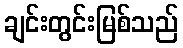
ချင်းတွင်းမြစ်သည်